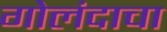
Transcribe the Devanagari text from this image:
गोलंदाचा